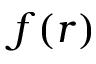
f ( r )